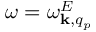
\omega = \omega _ { { \bf k } , q _ { p } } ^ { E }